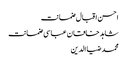
احسن اقبال ضمانت
شاہد خاقان عباسی ضمانت
محمد ضیا الدین